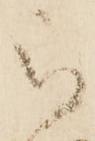
被